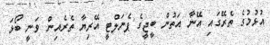
އުޅުމުގެ ތެރޭގައި އޭނާ އަތުން ބީޖީގެ ޕެނަލްޓީ އޭރިޔާ ތެރެއިން ވަނީ ބޯޅަ